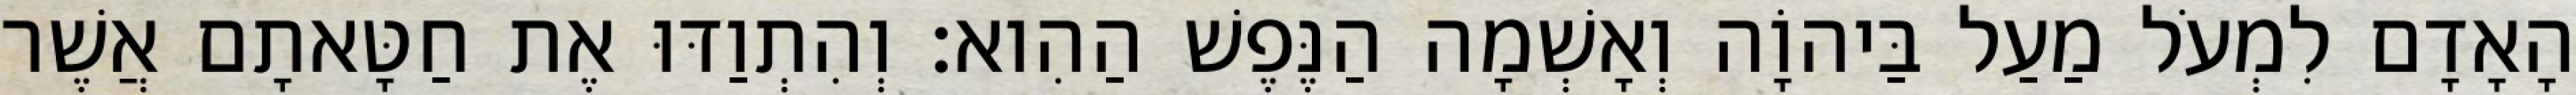
הָאָדָם לִמְעֹל מַעַל בַּיהוָֹה וְאָשְׁמָה הַנֶּפֶשׁ הַהִוא׃ וְהִתְוַדּוּ אֶת חַטָּאתָם אֲשֶׁר